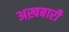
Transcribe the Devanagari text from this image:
अख़बारी